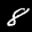
Label: 8